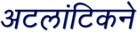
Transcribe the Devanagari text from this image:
अटलांटिकने